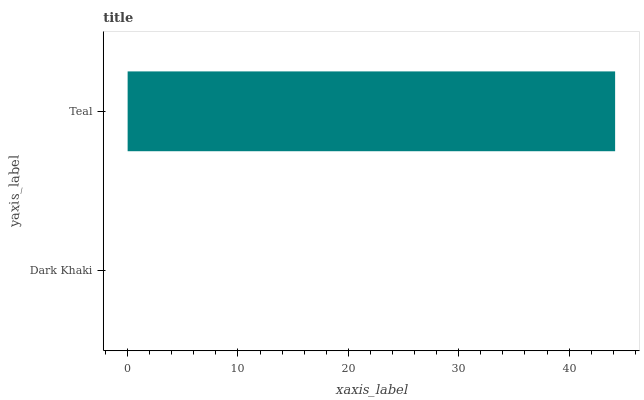
| yaxis_label | bars |
 | --- | --- |
 | Dark Khaki | 0 |
 | Teal | 44.2 |